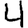
Digit: 4